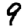
Digit: 9